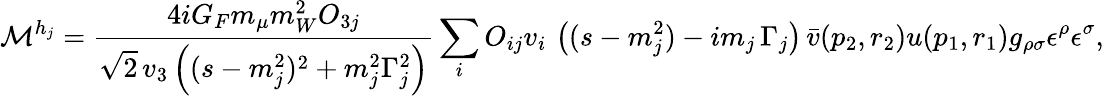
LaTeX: {\cal M}^{h_{j}}=\frac{4iG_{F}m_{\mu}m_{W}^{2}O_{3j}}{\sqrt{2}\, v_{3}\left((s-m_{j}^{2})^{2}+m_{j}^{2}\Gamma_{j}^{2}\right)}\sum_{i}O_{ij}v_{i}\, \left((s-m_{j}^{2})-im_{j}\, \Gamma_{j}\right)\, \bar{v}(p_{2},r_{2})u(p_{1},r_{1})g_{\rho\sigma}\epsilon^{\rho}\epsilon^{\sigma},